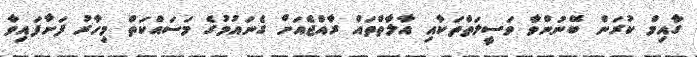
ގާއިމް ކުރަން ބޭނުންވާ ވަސީލަތްތަކާއި އާލާތްތައް ރާއްޖެއަށް ގެނައުމުގެ މަސައްކަތް މިހާރު ފަށާފައިވާ